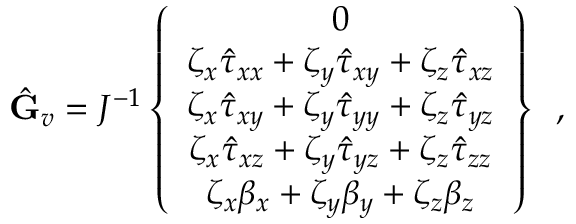
\hat { \mathbf { G } } _ { v } = J ^ { - 1 } \left\{ \begin{array} { c } { 0 } \\ { \zeta _ { x } \hat { \tau } _ { x x } + \zeta _ { y } \hat { \tau } _ { x y } + \zeta _ { z } \hat { \tau } _ { x z } } \\ { \zeta _ { x } \hat { \tau } _ { x y } + \zeta _ { y } \hat { \tau } _ { y y } + \zeta _ { z } \hat { \tau } _ { y z } } \\ { \zeta _ { x } \hat { \tau } _ { x z } + \zeta _ { y } \hat { \tau } _ { y z } + \zeta _ { z } \hat { \tau } _ { z z } } \\ { \zeta _ { x } { \beta } _ { x } + \zeta _ { y } { \beta } _ { y } + \zeta _ { z } { \beta } _ { z } } \end{array} \right\} \, \mathrm { ~ , ~ }